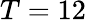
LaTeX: T=12